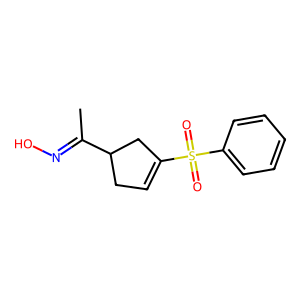
SMILES: CC(=NO)C1CC=C(S(=O)(=O)c2ccccc2)C1
Inhibits HIV replication: No